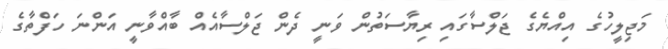
މަޖިލީހުގެ އިއްޔެގެ ޖަލްސާގައި ރިޔާސަތުން ވަނީ ދެން ޖަލްސާއެއް ބާއްވާނީ އަންނަ ހަފްތާގެ